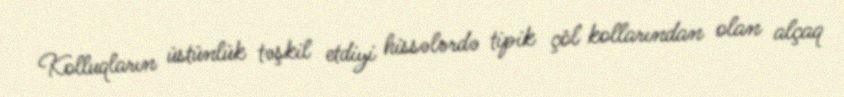
Kolluqların üstünlük təşkil etdiyi hissələrdə tipik çöl kollarından olan alçaq